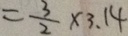
= \frac { 3 } { 2 } \times 3 . 1 4